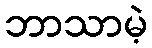
ဘာသာမဲ့